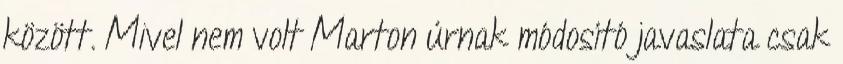
között. Mivel nem volt Marton úrnak módosító javaslata csak